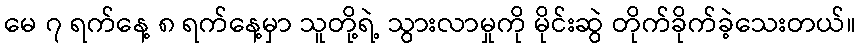
မေ ၇ ရက်နေ့ ၈ ရက်နေ့မှာ သူတို့ရဲ့ သွားလာမှုကို မိုင်းဆွဲ တိုက်ခိုက်ခဲ့သေးတယ်။